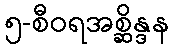
၅-စီဝရအစ္ဆိန္ဒန